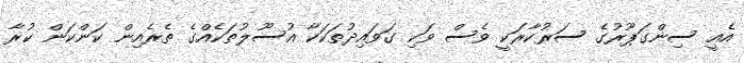
އެއީ ސިންގަޕޫރުގެ ސަރުކާރަކީ ވެސް ވަކި ގަވައިދުތަކަކާ އުސޫލުތަކެއްގެ ތެރެއިން ކަންކަން ކުރާ